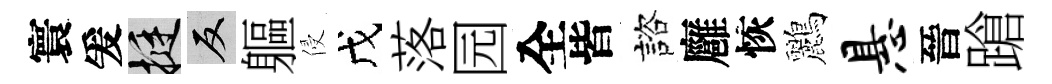
寰爰挺反軀侵戊落园全皆諮廱恢鸝悬晉蹌